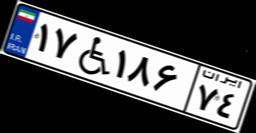
۴۷W۳۹۸۱۹